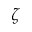
\zeta